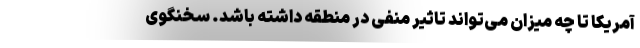
آمریکا تا چه میزان می‌تواند تاثیر منفی در منطقه داشته باشد. سخنگوی